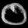
Digit: ၀